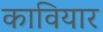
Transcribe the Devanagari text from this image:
कावियार